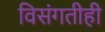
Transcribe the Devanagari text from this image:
विसंगतीही